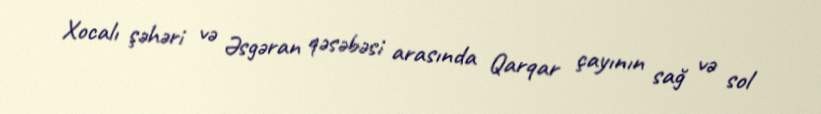
Xocalı şəhəri və Əsgəran qəsəbəsi arasında Qarqar çayının sağ və sol